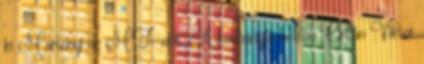
ki Martonyi az MTi-nek. A kormányfő hétfőn Orbán Viktor